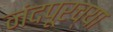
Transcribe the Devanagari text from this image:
नंदपूरच्या